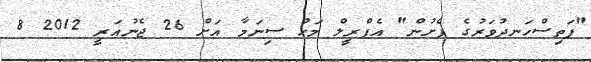
"ފަތިސްހަނދުވަރުގެ ފެށުން" އެޕްރީލް މަހު ސިނަމާ އަށް 26 ޖެނުއަރީ 2012 8